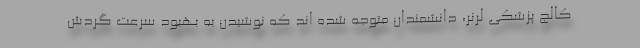
کالج پزشکی لرنر، دانشمندان متوجه شده اند که نوشیدن به بهبود سرعت گردش